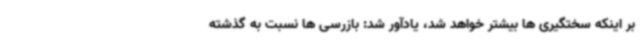
بر اینکه سختگیری ها بیشتر خواهد شد، یادآور شد: بازرسی ها نسبت به گذشته